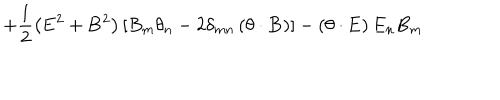
LaTeX: + \frac 1 2 \left( { \bf E } ^ { 2 } + { \bf B } ^ { 2 } \right) \left[ B _ { m } \theta _ { n } - 2 \delta _ { m n } \left( { \bf \theta } \cdot { \bf B } \right) \right] - \left( { \bf \theta } \cdot { \bf E } \right) E _ { n } B _ { m }